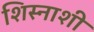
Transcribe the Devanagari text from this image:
शिस्नाशी